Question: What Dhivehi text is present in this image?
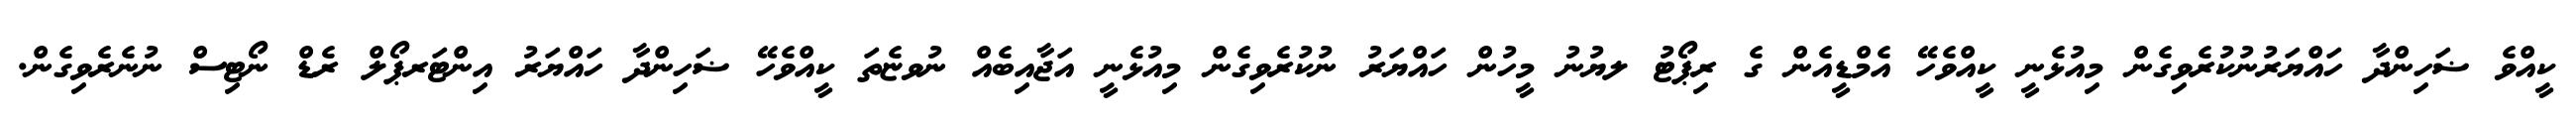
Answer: ކީއްވެ ޟަހިންދާ ހައްޔަރުނުކުރެވިގެން މިއުޅެނީ ކީއްވެހޭ އެމްޑީއެން ގެ ރިޕޯޓު ލޔުނު މީހުން ހައްޔަރު ނުކުރެވިގެން މިއުޅެނީ އަޖާއިބެއް ނުވޏެތަ ކީއްވެހޭ ޟަހިންދާ ހައްޔަރު އިންޓަރޕޯލް ރެޑް ނޯޓިސް ނުނެރެވިގެން.